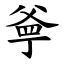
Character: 㸘